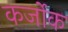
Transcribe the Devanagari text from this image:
कर्जोक